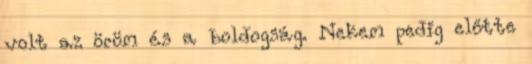
volt az öröm és a boldogság. Nekem pedig előtte